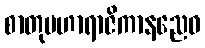
စာတုမဟာရာဇိကာနညေဝ